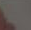
.